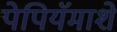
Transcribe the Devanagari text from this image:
पेपियॅमाशे